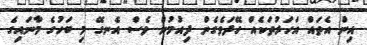
އިން އެތައް އަހަރުތަކެއް ހޭދަވެގެން ދިއުމުން ވެސް އެނގޭ މި ބަހުގެ މާނައިގެ